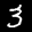
Label: 3